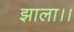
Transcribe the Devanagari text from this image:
झाला।।